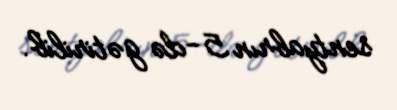
sentyabrın 5-də gətirilib.